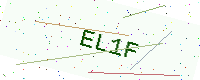
Text: EL1F